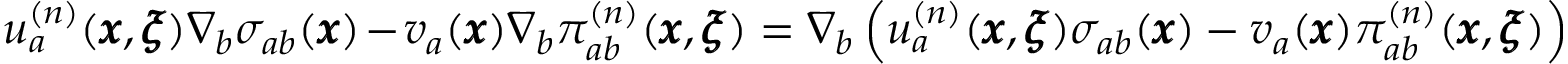
u _ { a } ^ { ( n ) } ( { \pmb x } , { \pmb \xi } ) \nabla _ { b } \sigma _ { a b } ( { \pmb x } ) - v _ { a } ( { \pmb x } ) \nabla _ { b } \pi _ { a b } ^ { ( n ) } ( { \pmb x } , { \pmb \xi } ) = \nabla _ { b } \left( u _ { a } ^ { ( n ) } ( { \pmb x } , { \pmb \xi } ) \sigma _ { a b } ( { \pmb x } ) - v _ { a } ( { \pmb x } ) \pi _ { a b } ^ { ( n ) } ( { \pmb x } , { \pmb \xi } ) \right)